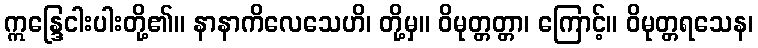
ဣန္ဒြေငါးပါးတို့၏။ နာနာကိလေသေဟိ၊ တို့မှ။ ဝိမုတ္တတ္တာ၊ ကြောင့်။ ဝိမုတ္တရသေန၊